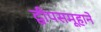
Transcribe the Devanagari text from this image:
द्वीपसमूहाने